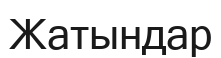
Жатындар